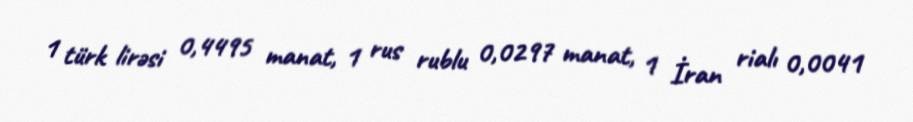
1 türk lirəsi 0,4495 manat, 1 rus rublu 0,0297 manat, 1 İran rialı 0,0041